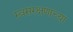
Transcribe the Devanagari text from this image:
स्वसंरक्षणाच्या